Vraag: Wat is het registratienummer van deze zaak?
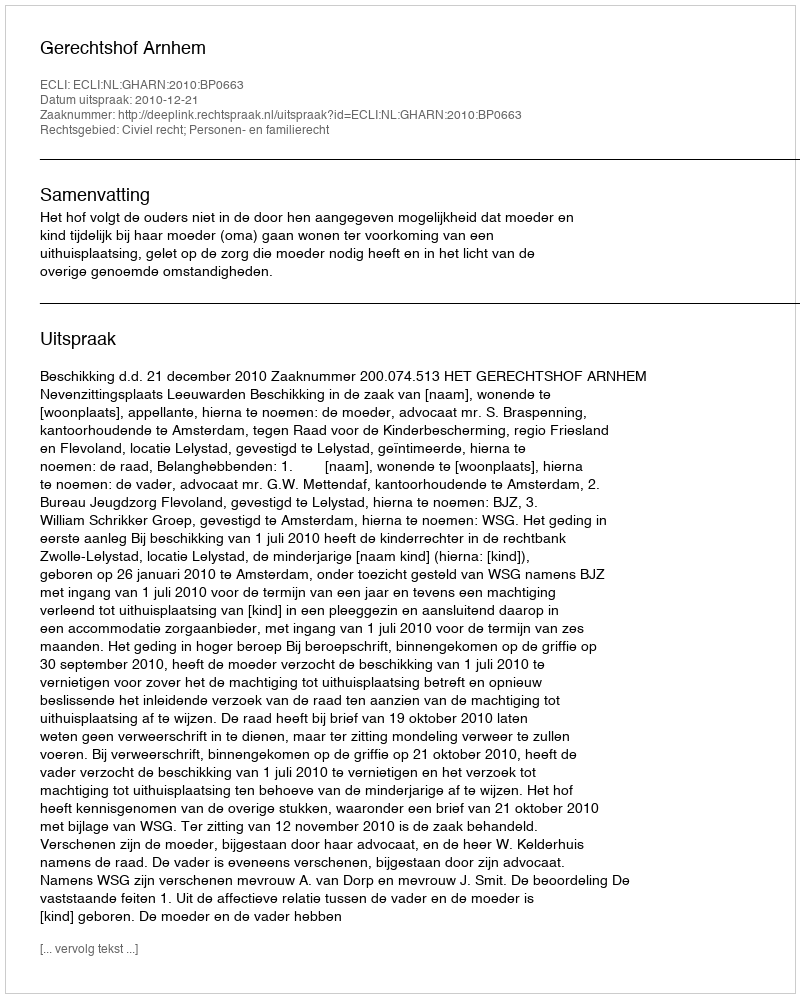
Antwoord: http://deeplink.rechtspraak.nl/uitspraak?id=ECLI:NL:GHARN:2010:BP0663